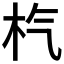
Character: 𣏙